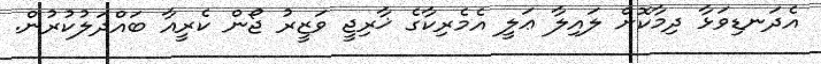
އެދަނޑިވަޅާ ދިމާކޮށް ލައިލާ ޢަލީ އެމެރިކާގެ ޚާރިޖީ ވަޒީރު ޖޯން ކެރީއާ ބައްދަލުކުރުން.